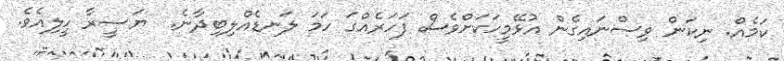
ކަމެއް. ނިކަން ވިސްނައިގެން އުޅޭމީހަކަށްވެސް ފަހަރެއްގަ ހަމަ ލަނޑެއްލިބިދާނެ.  ޔަސީރާ ހީލިއެވެ.